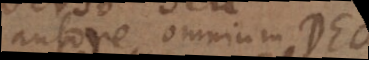
autore omnium Deo,